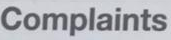
Complaints